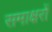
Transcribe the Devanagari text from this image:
समाक्षरों